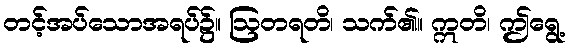
တင့်အပ်သောအရပ်၌။ ဩတရတိ၊ သက်၏။ ဣတိ၊ ဤရွေ့